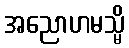
အညောဟမသ္မိ